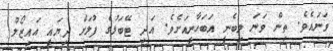
ވަނައެވެ. ތިން ވަނަ ލިބެނީ އަބަހާނީއަށެވެ. އަދި ޓޭބަލުގެ ފުލަށް ދިޔައީ އައިޒޯލް